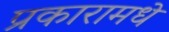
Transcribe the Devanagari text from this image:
प्रकारामधे